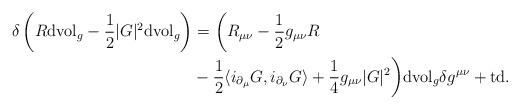
LaTeX: \begin{align*}\delta\left(R\mathrm{dvol}_g-\frac{1}{2}|G|^2\mathrm{dvol}_g\right)&=\biggl(R_{\mu\nu}-\frac{1}{2}g_{\mu\nu}R\\&-\frac{1}{2}\langle i_{\partial_\mu}G,i_{\partial_\nu}G\rangle+\frac{1}{4}g_{\mu\nu}|G|^2\biggr)\mathrm{dvol}_g\delta g^{\mu\nu} +\mathrm{td}.\end{align*}